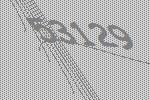
53129